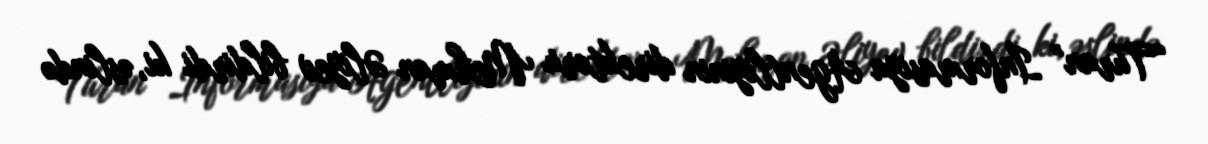
“Turan” İnformasiya Agentliyinin direktoru Mehman Əliyev bildirdi ki, əslində